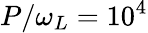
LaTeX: P/\omega_{L}=10^{4}